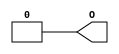
//    Xilinx Proprietary Primitive Cell X_ZERO for Verilog
//
// $Header: /devl/xcs/repo/env/Databases/CAEInterfaces/verplex_libs/data/simprims/X_ZERO.v,v 1.4.198.3 2004/09/28 20:47:47 wloo Exp $
//

`celldefine
`timescale 1 ps/1 ps

module X_ZERO (O);

  output O;

  assign O = 1'b0;

endmodule